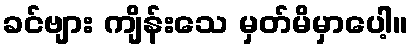
ခင်ဗျား ကျိန်းသေ မှတ်မိမှာပေါ့။